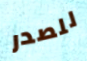
للصدر